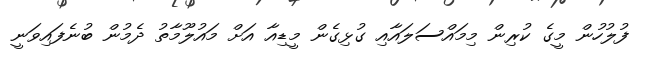
ފުލުހުން މީގެ ކުރިން މިމައްސަލައާއި ގުޅިގެން މީޑިއާ އަށް މައުލޫމާތު ދެމުން ބުނެފައިވަނީ